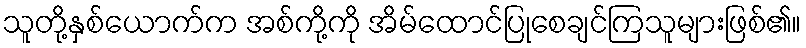
သူတို့နှစ်ယောက်က အစ်ကို့ကို အိမ်ထောင်ပြုစေချင်ကြသူများဖြစ်၏။